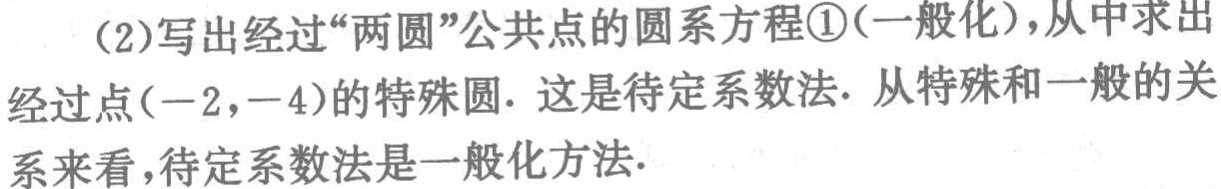
(2)写出经过“两圆”公共点的圆系方程\textcircled{1}(一般化),从中求出经过点\((-2,-4)\)的特殊圆. 这是待定系数法. 从特殊和一般的关系来看,待定系数法是一般化方法.